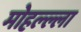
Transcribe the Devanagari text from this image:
मोहल्ल्ला